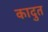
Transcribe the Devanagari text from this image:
कादुत